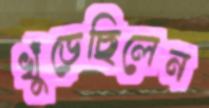
খুঁড়েছিলেন